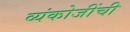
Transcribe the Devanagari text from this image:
व्यंकोजींची